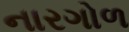
નારગોળ